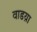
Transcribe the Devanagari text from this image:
वाडय़ा